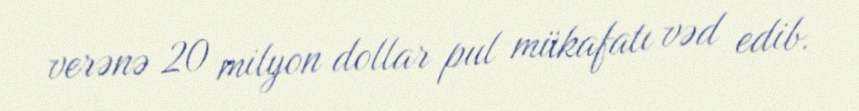
verənə 20 milyon dollar pul mükafatı vəd edib.